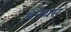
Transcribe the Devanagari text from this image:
अॅनेयस